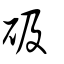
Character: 砐